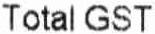
TOTAL GST